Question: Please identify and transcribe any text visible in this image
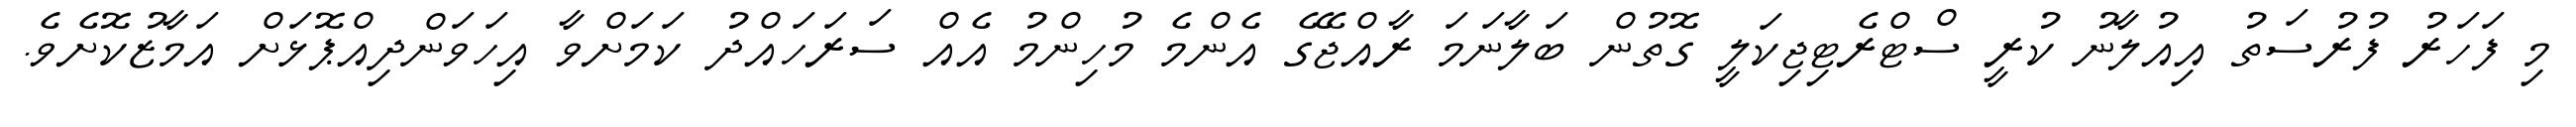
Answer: މި ފަހަރު ފުރުސަތު އިއުލާނު ކުރީ ސްޓްރެޓިޖިކަލީ ގޮތުން ބަލާނަމަ ރާއްޖޭގެ އެންމެ މުހިންމު އެއް ސަރަހައްދު ކަމަށްވާ އިހަވަންދިއްޕޮޅަށް އަމާޒުކޮށެވެ.